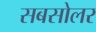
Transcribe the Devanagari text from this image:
सबसोलर